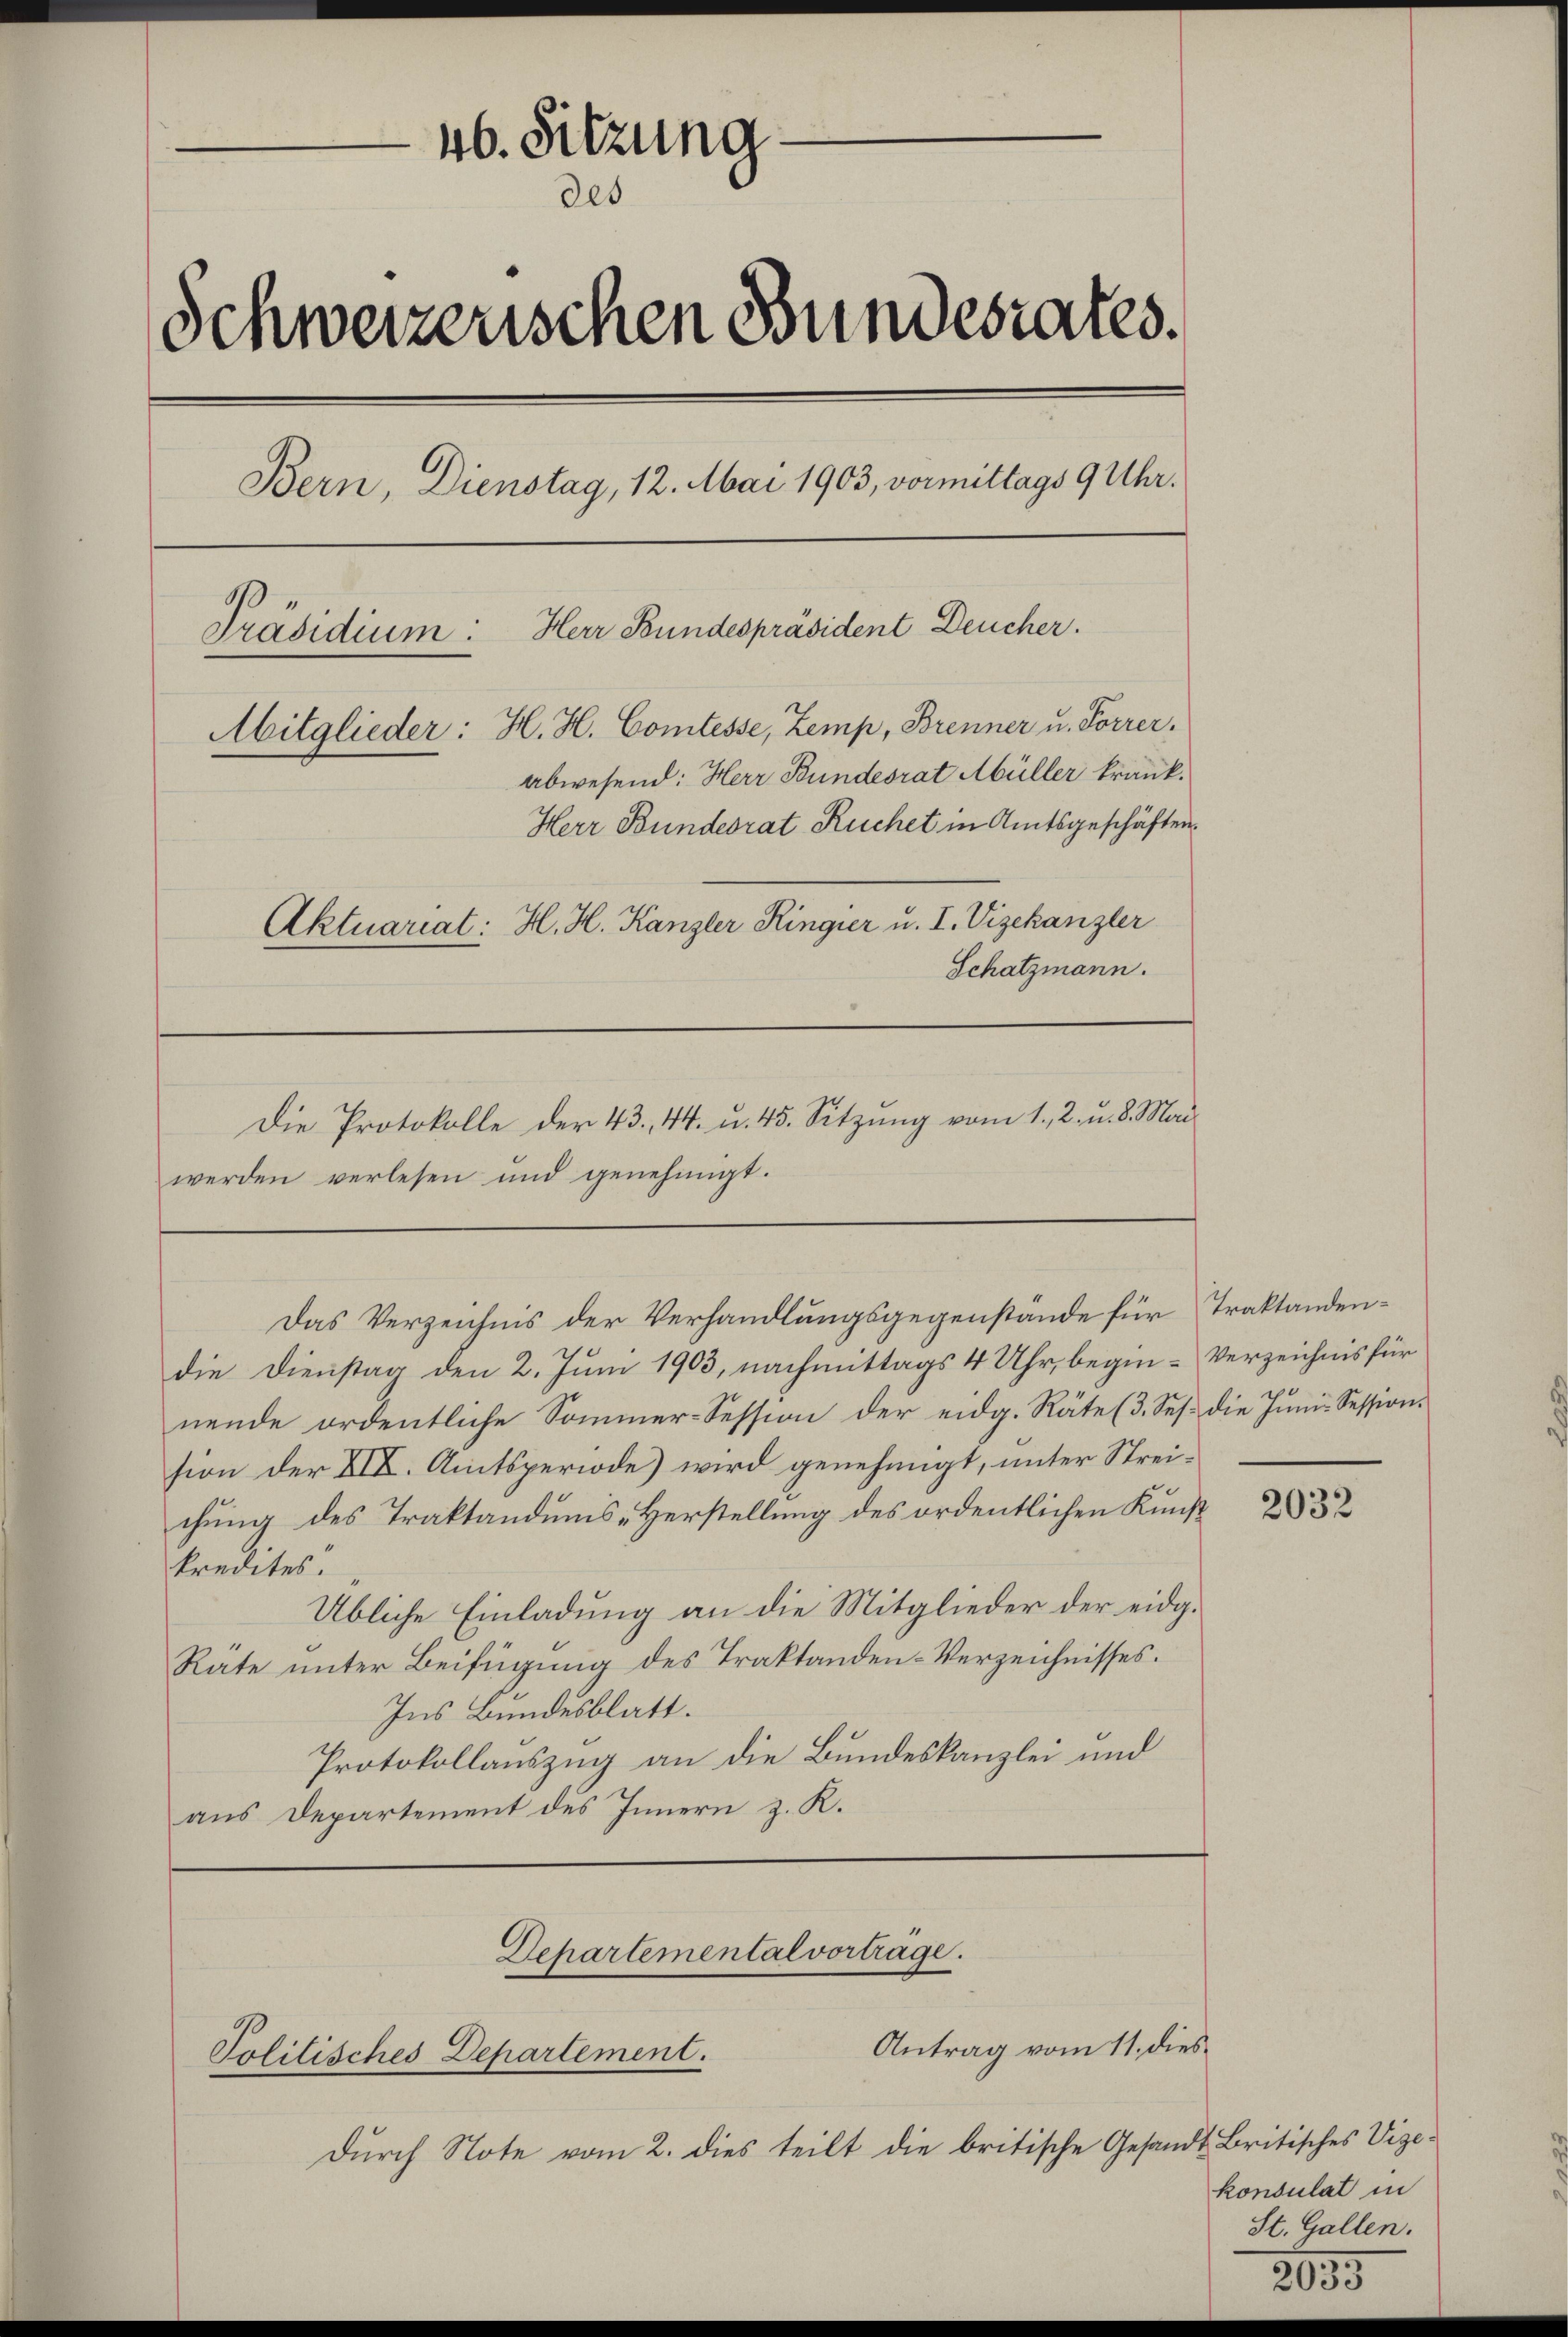
46. Sitzung
des
Schweizerischen Bundesrates.
Bern, Dienstag, 12. Mai 1903, vormittags 9 Uhr.
Präsidium: Herr Bundespräsident Deucher.
Mitglieder: H. H. Comtesse, Zemp, Brenner u. Forrer.
abwesend: Herr Bundesrat Abüller krank¬
Herr Bundesrat Ruchet in Amtsgeschäften.
Aktuariat: H. H. Kanzler Ringier u. I. Vizekanzler
Schatzmann.

Die Protokolle der 43. 44. u. 45. Sitzung vom 1. 2. u. 8. Mai
werden verlesen und genehmigt.

die Dienstag den 2. Juni 1903, nachmittags 4 Uhr, begin-Verzeichnis für
nende ordentliche Sommer-Session der eidg. Räte (3. Sep. die Juni. Session.
sion der XIX. Amtsperiode) wird genehmigt, unter Streichung des Traktandums- Herstellung des ordentlichen Kunst
kredites.
Übliche Einladung an die Mitglieder der eidg.
Räte unter Beifügung des Traktanden-Verzeichnisses.
Ins Bundesblatt.
Protokollauszug an die Bundeskanzlei und
aus Departement des Innern z. K.

Departemental vorträge.
Politisches Departement.

Das Verzeichnis der Verhandlungsgegenstände für Traktanden¬

Antrag vom 11. dies
Durch Note vom 2. dies teilt die britische Gesandt Britisches Vize¬

2032

konsulat in
St. Gallen.